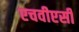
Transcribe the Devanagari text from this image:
एचवीएसी